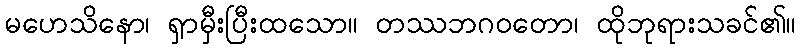
မဟေသိနော၊ ရှာမှီးပြီးထသော။ တဿဘဂဝတော၊ ထိုဘုရားသခင်၏။